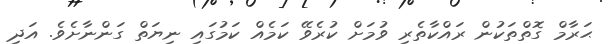
ޙަރާމް ގޮތްތަކުން ރައްކާތެރި ވުމަށް ކުރެވޭ ކަމެއް ކަމުގައި ނިޔަތް ގަންނާށެވެ. އަދި